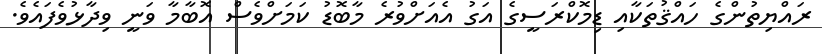
ރައްޔިތުންގެ ހައްޤުތަކާއި ޑިމޮކްރަސީގެ އަގު އެއަށްވުރެ މާބޮޑު ކަމަށްވެސް އޮބާމާ ވަނީ ވިދާޅުވެފައެވެެ.